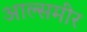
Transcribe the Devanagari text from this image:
आल्समीर